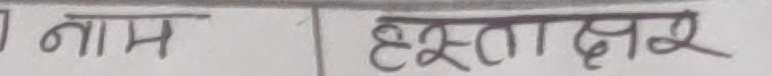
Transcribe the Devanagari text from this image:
नाम हस्ताक्षर